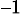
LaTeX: ^{–1}